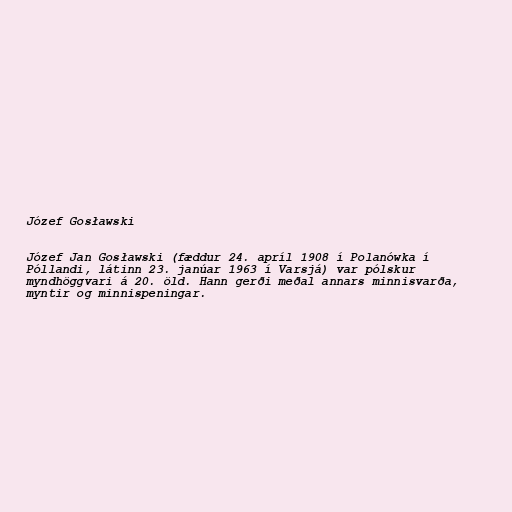
Józef Gosławski

Józef Jan Gosławski (fæddur 24. apríl 1908 í Polanówka í
Póllandi, látinn 23. janúar 1963 í Varsjá) var pólskur
myndhöggvari á 20. öld. Hann gerði meðal annars minnisvarða,
myntir og minnispeningar.